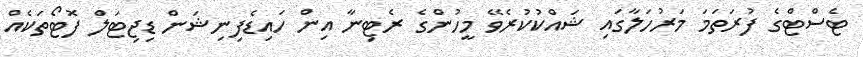
ޓެސްޓްގެ ފުރަތަމަ މަރުހަލާގައި ޝައްކުކުރެވޭ މީހުންގެ ރެޓިނާ އިން ހައިޑެފިނިޝަން ޑިޖިޓަލް ފޮޓޯތަކެއް